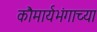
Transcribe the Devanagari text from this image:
कौमार्यभंगाच्या